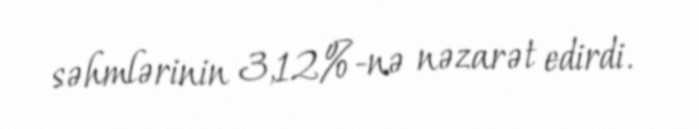
səhmlərinin 3,12%-nə nəzarət edirdi.